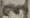
Text: 3